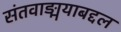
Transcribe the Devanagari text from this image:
संतवाङ्मयाबद्दल